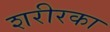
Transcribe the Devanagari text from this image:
शरीरका